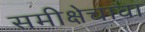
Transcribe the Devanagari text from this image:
समीक्षेचावा